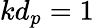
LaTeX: kd_{p}=1